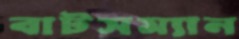
বাটসম্যান